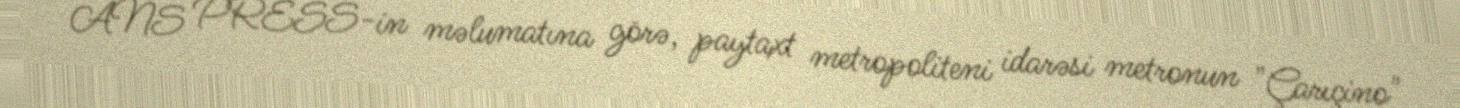
ANS PRESS-in məlumatına görə, paytaxt metropoliteni idarəsi metronun "Çarıçino"